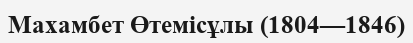
Махамбет Өтемісұлы (1804—1846)